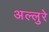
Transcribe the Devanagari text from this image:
अल्लुरे